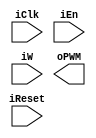
module pwm
	(
		input wire iClk, iReset, iEn,
		input wire [3:0] iW,
		output wire oPWM
	);

	reg [3:0] cnt_reg, cnt_next;
	reg [3:0] w_reg, w_next;
	reg pwm_reg, pwm_next;

	always @(posedge iClk, posedge iReset)
		if (iReset)
			begin
				cnt_reg <= 4'b1111;
				w_reg   <= 4'b1111;
				pwm_reg <= 4'b0;
			end
		else
			begin
				cnt_reg <= cnt_next;
				w_reg   <= w_next;
				pwm_reg <= pwm_next;
			end
	
	always @*
	if (iEn)
		begin
			cnt_next = (cnt_reg == 4'b1111) ? 0    : cnt_next + 1;
			w_next   = (cnt_reg == 4'b1111) ? iW   : w_reg;
			pwm_next = (cnt_next == w_next) ? 1'b0 :
			           (cnt_next == 4'b0)   ? 1'b1 :
					    pwm_reg;
		end
	else
		begin
			cnt_next = cnt_reg;
			w_next   = w_reg;
			pwm_next = pwm_reg;
		end
endmodule